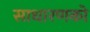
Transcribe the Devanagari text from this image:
साधारणको